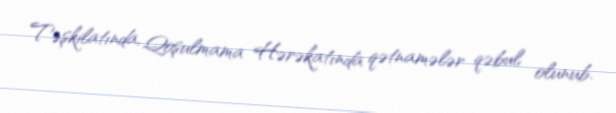
Təşkilatında, Qoşulmama Hərəkatında qətnamələr qəbul olunub.